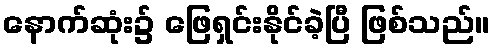
နောက်ဆုံး၌ ဖြေရှင်းနိုင်ခဲ့ပြီ ဖြစ်သည်။